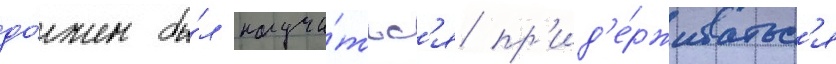
до́лжен бы́л научи́тьс'я пр'ид'е́рживатьс'я